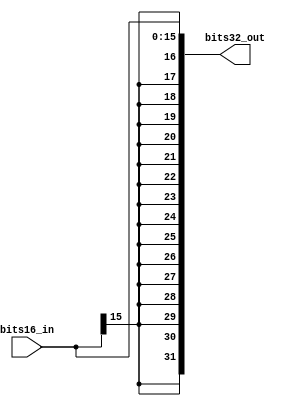
module Sign_Extension(
	bits16_in,
	bits32_out
    );

input [15:0] bits16_in;  //  16 bits value goes in
output wire [31:0] bits32_out;  // 32 bit value goes out, not these values are the same


/*16 bit offset is sign extended to 32 bits */
assign bits32_out = {{16{bits16_in[15]}} , bits16_in[15:0]};

endmodule